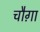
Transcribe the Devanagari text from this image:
चौग़ा